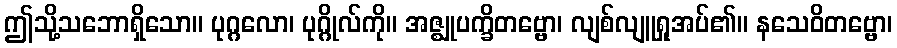
ဤသို့သဘောရှိသော။ ပုဂ္ဂလော၊ ပုဂ္ဂိုလ်ကို။ အဇ္ဈုပက္ခိတဗ္ဗော၊ လျစ်လျူရှုအပ်၏။ နသေဝိတဗ္ဗော၊